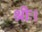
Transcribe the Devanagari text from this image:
श्रीः।